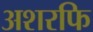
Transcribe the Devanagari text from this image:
अशरफि